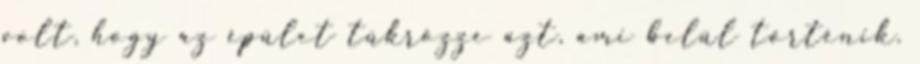
volt, hogy az épület tükrözze azt, ami belül történik.